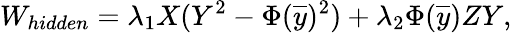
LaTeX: W_{hidden}=\lambda_{1}X(Y^{2}-\Phi({\overline{{y}}})^{2})+\lambda_{2}\Phi({\overline{{y}}})ZY,